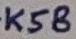
Text: K58